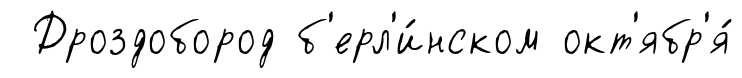
Дроздобород б'ерл'и́нском окт'ябр'я́